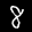
Label: 8